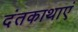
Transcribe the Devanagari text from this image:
दंतकाथाएं